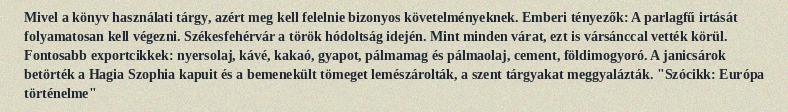
Mivel a könyv használati tárgy, azért meg kell felelnie bizonyos követelményeknek. Emberi tényezők: A parlagfű irtását folyamatosan kell végezni. Székesfehérvár a török hódoltság idején. Mint minden várat, ezt is vársánccal vették körül. Fontosabb exportcikkek: nyersolaj, kávé, kakaó, gyapot, pálmamag és pálmaolaj, cement, földimogyoró. A janicsárok betörték a Hagia Szophia kapuit és a bemenekült tömeget lemészárolták, a szent tárgyakat meggyalázták. "Szócikk: Európa történelme"